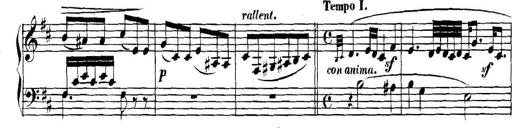
Title: Collected Piano Sonatas
Composer: Muzio Clementi